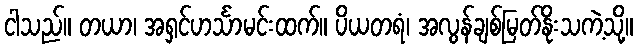
ငါသည်။ တယာ၊ အရှင်ဟင်္သာမင်းထက်။ ပိယတရံ၊ အလွန်ချစ်မြတ်နိုးသကဲ့သို့။